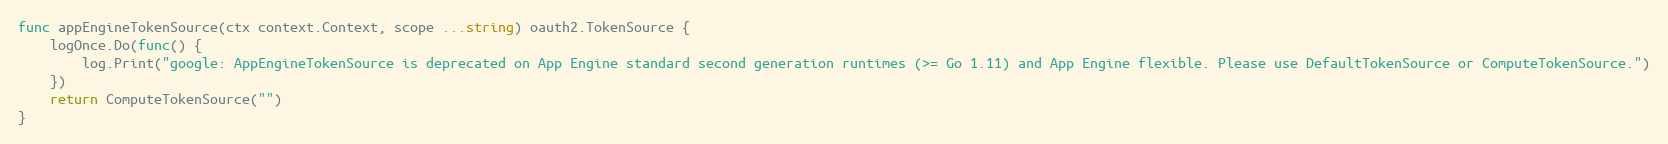
Language: Go
func appEngineTokenSource(ctx context.Context, scope ...string) oauth2.TokenSource {
	logOnce.Do(func() {
		log.Print("google: AppEngineTokenSource is deprecated on App Engine standard second generation runtimes (>= Go 1.11) and App Engine flexible. Please use DefaultTokenSource or ComputeTokenSource.")
	})
	return ComputeTokenSource("")
}